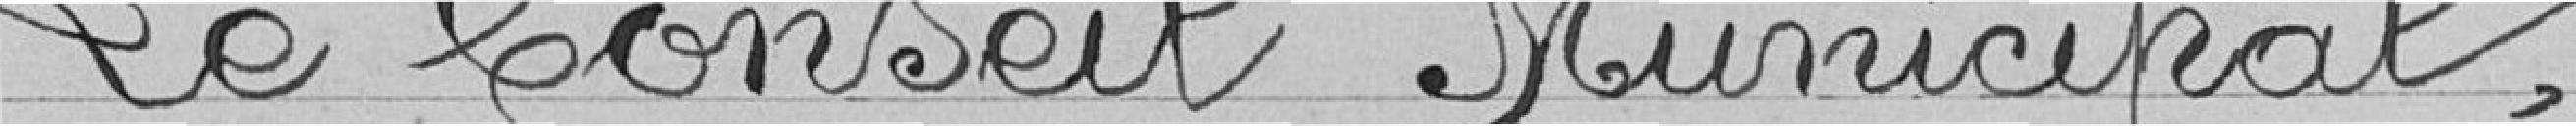
Le Conseil Municipal,